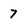
Character: 7